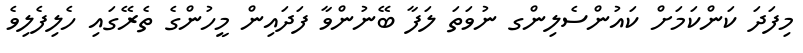
މިފަދަ ކަންކަމަށް ކައުންސެލިންގ ނުވަތަ ލަފާ ބޭނުންވާ ފަދައިން މީހުންގެ ތެރޭގައި ހެލިފެލިވެ